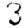
Digit: 3